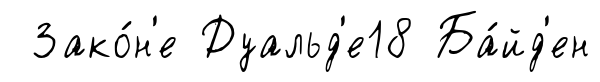
Зако́н'е Дуальд'е18 Ба́йд'ен